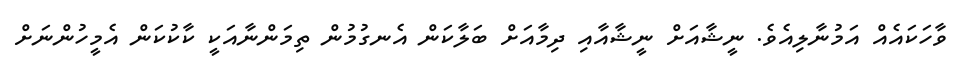
ވާހަކައެއް އަމުނާލިއެވެ. ނީޝާއަށް ނީޝާއާއި ދިމާއަށް ބަލާކަން އެނގުމުން ތިމަންނާއަކީ ކާކުކަން އެމީހުންނަށް